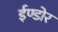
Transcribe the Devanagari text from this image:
ईण्डोर